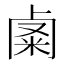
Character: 𥹟